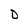
Character: D